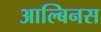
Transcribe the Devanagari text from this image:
आल्बिनस